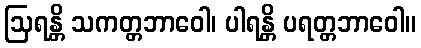
ဩရန္တိ သကတ္တဘာဝေါ၊ ပါရန္တိ ပရတ္တဘာဝေါ။